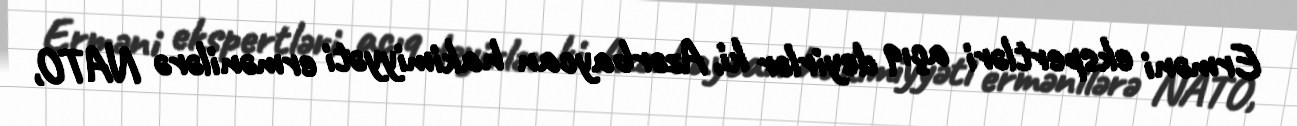
Erməni ekspertləri açıq deyirlər ki, Azərbaycan hakimiyyəti ermənilərə NATO,